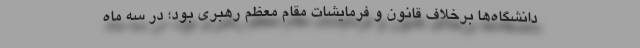
دانشگاه‌ها برخلاف قانون و فرمایشات مقام معظم رهبری بود؛ در سه ماه